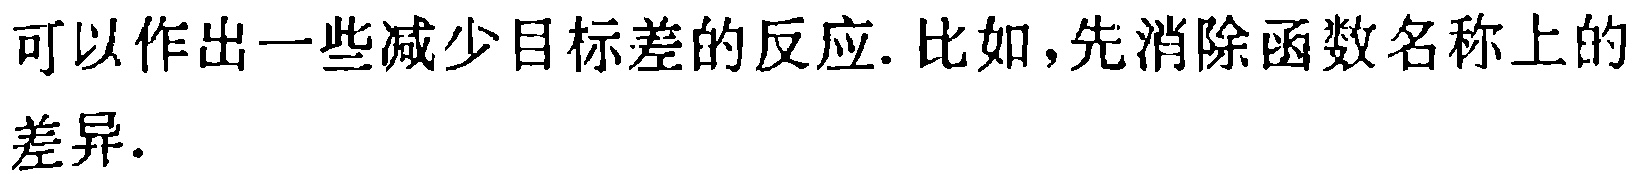
可以作出一些减少目标差的反应. 比如,先消除函数名称上的差异.